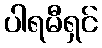
ပါရမီရှင်